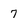
Character: 7